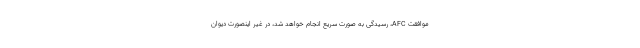
موافقت AFC، رسیدگی به صورت سریع انجام خواهد شد، در غیر اینصورت دیوان